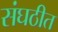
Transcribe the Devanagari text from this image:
संघठीत